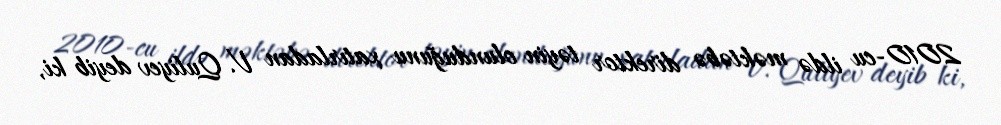
2010-cu ildə məktəbə direktor təyin olunduğunu xatırladan V. Quliyev deyib ki,